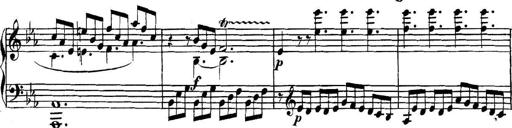
Title: Collected Piano Sonatas
Composer: Muzio Clementi